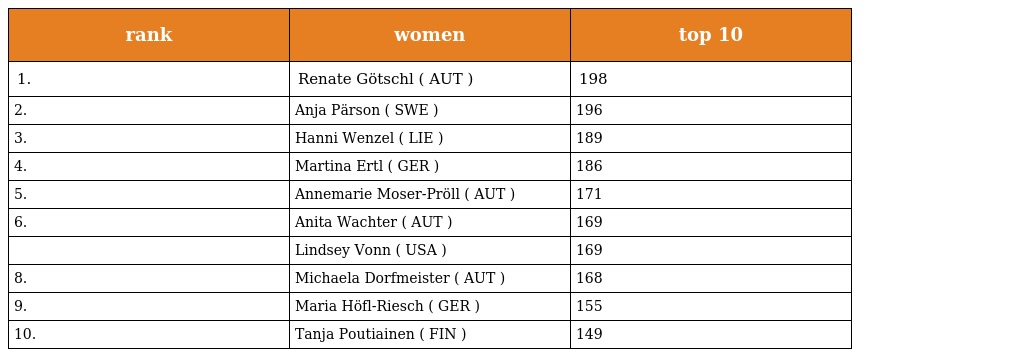
| rank | women | top 10 |
 | --- | --- | --- |
 | 1. | Renate Götschl ( AUT ) | 198 |
 | 2. | Anja Pärson ( SWE ) | 196 |
 | 3. | Hanni Wenzel ( LIE ) | 189 |
 | 4. | Martina Ertl ( GER ) | 186 |
 | 5. | Annemarie Moser-Pröll ( AUT ) | 171 |
 | 6. | Anita Wachter ( AUT ) | 169 |
 |  | Lindsey Vonn ( USA ) | 169 |
 | 8. | Michaela Dorfmeister ( AUT ) | 168 |
 | 9. | Maria Höfl-Riesch ( GER ) | 155 |
 | 10. | Tanja Poutiainen ( FIN ) | 149 |